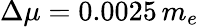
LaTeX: \Delta\mu=0.0025\, m_{e}